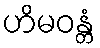
ဟိမဝန္တံ